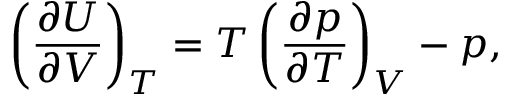
\left( { \frac { \partial U } { \partial V } } \right) _ { T } = T \left( { \frac { \partial p } { \partial T } } \right) _ { V } - p ,